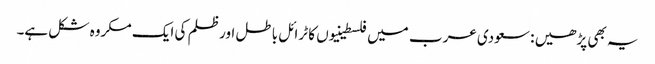
یہ بھی پڑھیں : سعودی عرب میں فلسطینیوں کا ٹرائل باطل اور ظلم کی ایک مکروہ شکل ہے۔